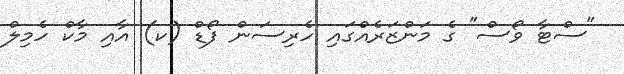
"ސްޓާ ވޯސް" ގެ މަންޒަރެއްގައި ހެރިސަން ފޯޑް (ކ) އާއި މާކް ހެމިލް